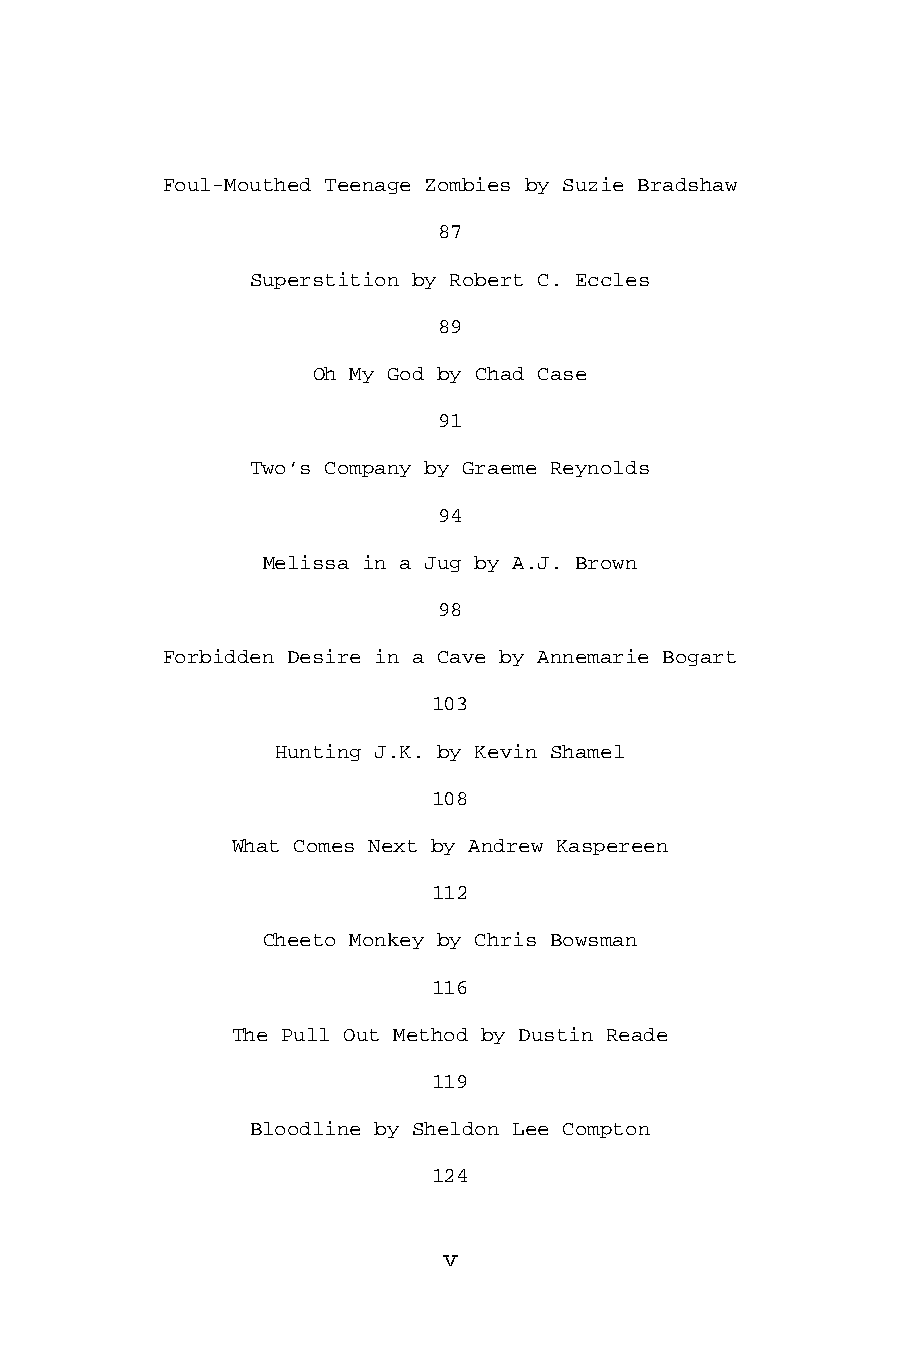
Foul-Mouthed Teenage Zombies by Suzie Bradshaw
 87
 Superstition by Robert C. Eccles
 89
 Oh My God by Chad Case
 91
 Two’s Company by Graeme Reynolds
 94
 Melissa in a Jug by A.J. Brown
 98
 Forbidden Desire in a Cave by Annemarie Bogart
 103
 Hunting J.K. by Kevin Shamel
 108
 What Comes Next by Andrew Kaspereen
 112
 Cheeto Monkey by Chris Bowsman
 116
 The Pull Out Method by Dustin Reade
 119
 Bloodline by Sheldon Lee Compton
 124
 v